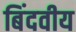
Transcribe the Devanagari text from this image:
बिंदवीय